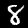
Label: 8